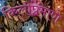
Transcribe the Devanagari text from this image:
किलोप्रमाणे